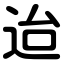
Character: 迨